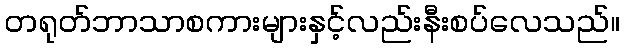
တရုတ်ဘာသာစကားများနှင့်လည်းနီးစပ်လေသည်။